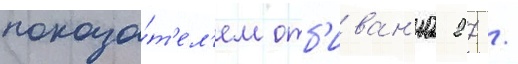
показа́т'ел'ем отб'иван'иа 27 /